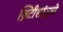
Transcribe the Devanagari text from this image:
ब्रिटीशांमुळे